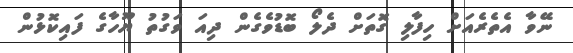
ނޭވާ އެތެރެއަށް ހިފާލި ގޮތަށް ދެލޯ ބޮޑުވެގެން ދިއަ ވަގުތު ޔޫހާގެ ފައިކޮޅުން